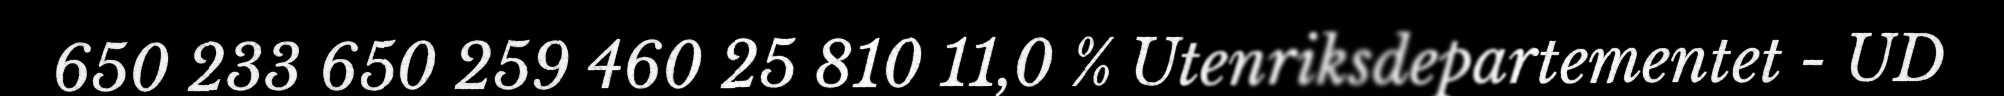
650 233 650 259 460 25 810 11,0 % Utenriksdepartementet - UD